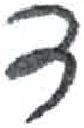
אות: ד